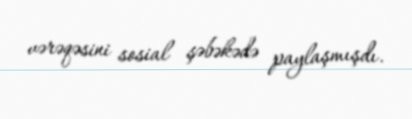
vərəqəsini sosial şəbəkədə paylaşmışdı.